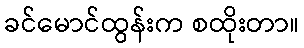
ခင်မောင်ထွန်းက စထိုးတာ။